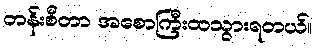
တန်းစီတာ အစောကြီးထသွားရတယ်။